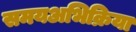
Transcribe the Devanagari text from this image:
समयअभिक्रिया